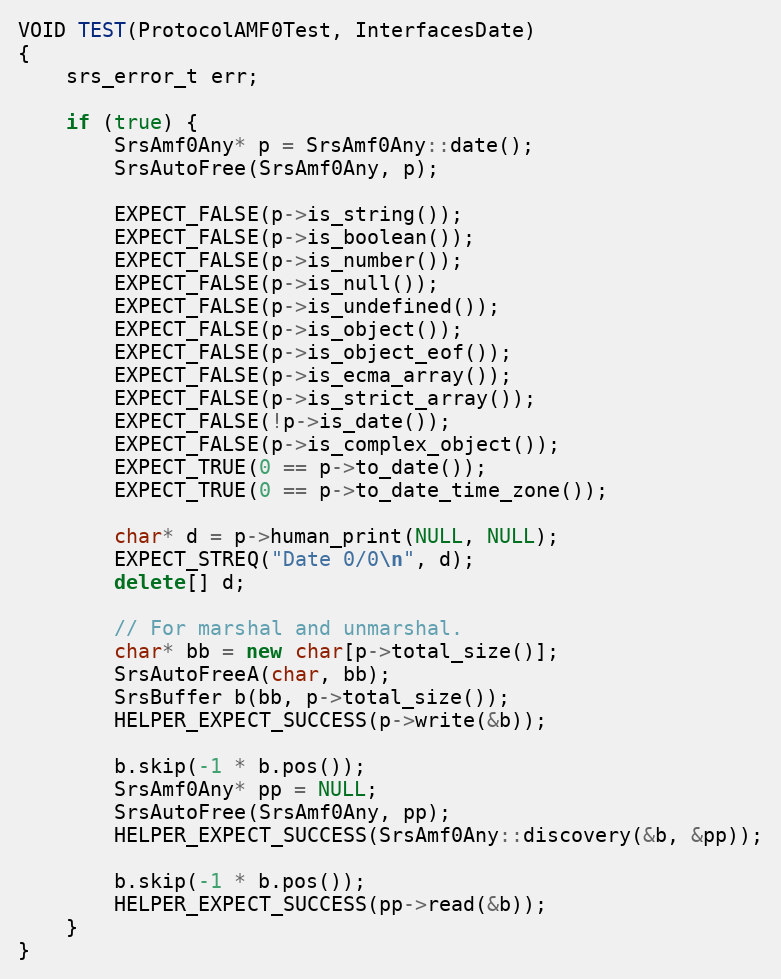
Language: C++
VOID TEST(ProtocolAMF0Test, InterfacesDate)
{
    srs_error_t err;

    if (true) {
        SrsAmf0Any* p = SrsAmf0Any::date();
        SrsAutoFree(SrsAmf0Any, p);

        EXPECT_FALSE(p->is_string());
        EXPECT_FALSE(p->is_boolean());
        EXPECT_FALSE(p->is_number());
        EXPECT_FALSE(p->is_null());
        EXPECT_FALSE(p->is_undefined());
        EXPECT_FALSE(p->is_object());
        EXPECT_FALSE(p->is_object_eof());
        EXPECT_FALSE(p->is_ecma_array());
        EXPECT_FALSE(p->is_strict_array());
        EXPECT_FALSE(!p->is_date());
        EXPECT_FALSE(p->is_complex_object());
        EXPECT_TRUE(0 == p->to_date());
        EXPECT_TRUE(0 == p->to_date_time_zone());

        char* d = p->human_print(NULL, NULL);
        EXPECT_STREQ("Date 0/0\n", d);
        delete[] d;

        // For marshal and unmarshal.
        char* bb = new char[p->total_size()];
        SrsAutoFreeA(char, bb);
        SrsBuffer b(bb, p->total_size());
        HELPER_EXPECT_SUCCESS(p->write(&b));

        b.skip(-1 * b.pos());
        SrsAmf0Any* pp = NULL;
        SrsAutoFree(SrsAmf0Any, pp);
        HELPER_EXPECT_SUCCESS(SrsAmf0Any::discovery(&b, &pp));

        b.skip(-1 * b.pos());
        HELPER_EXPECT_SUCCESS(pp->read(&b));
    }
}